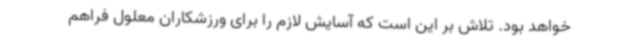
خواهد بود. تلاش بر این است که آسایش لازم را برای ورزشکاران معلول فراهم